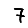
Digit: 7